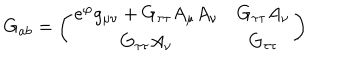
LaTeX: G _ { a b } = \left( \begin{matrix} { { e ^ { \varphi } g _ { \mu \nu } + G _ { \tau \tau } A _ { \mu } A _ { \nu } } } & { { G _ { \tau \tau } A _ { \nu } } } \\ { { G _ { \tau \tau } A _ { \nu } } } & { { G _ { \tau \tau } } } \\ \end{matrix} \right)